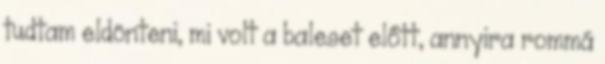
tudtam eldönteni, mi volt a baleset előtt, annyira rommá